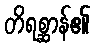
တိရစ္ဆာန်၏